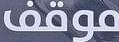
موقف